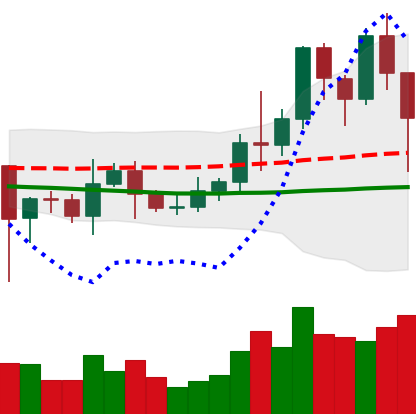
Ticker: LINK-USD
Chart end date: 2021-01-11
Forward return: 38.892%
Label: up_7plus